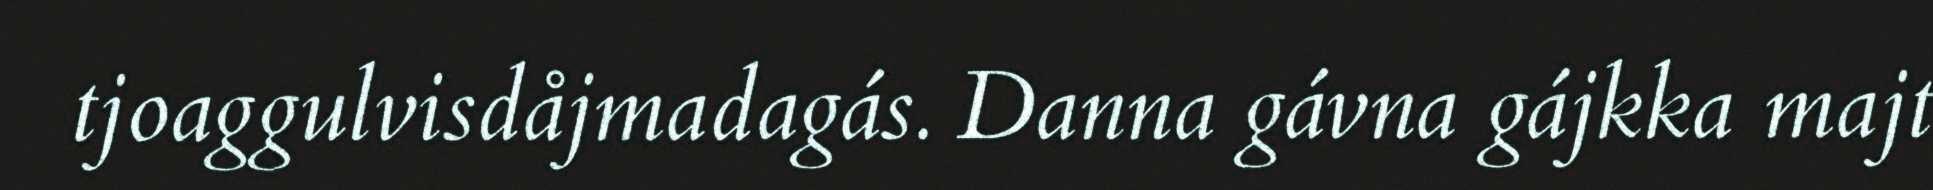
tjoaggulvisdåjmadagás. Danna gávna gájkka majt